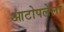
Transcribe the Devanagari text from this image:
आटोपलेला